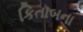
કિતાબના